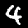
Label: 4